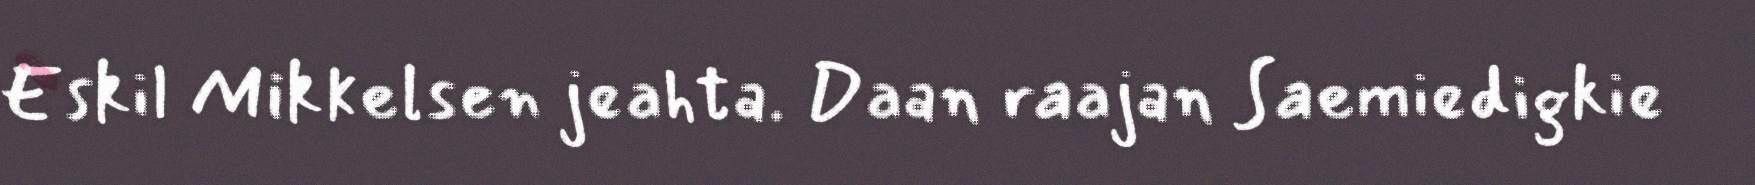
Eskil Mikkelsen jeahta. Daan raajan Saemiedigkie